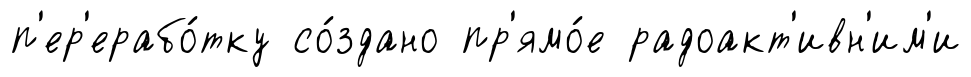
п'ер'ерабо́тку со́здано пр'ямо́е радоакт'ивн'им'и